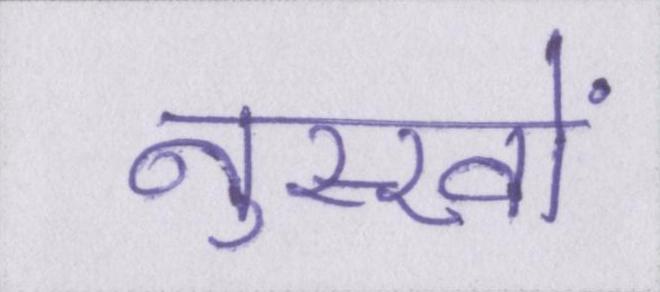
नुस्खों